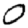
Digit: 0